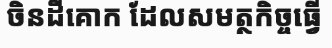
ចិនដីគោក ដែលសមត្ថកិច្ចធ្វើ